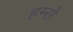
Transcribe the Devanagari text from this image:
हम्से